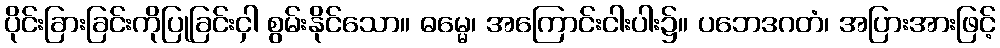
ပိုင်းခြားခြင်းကိုပြုခြင်းငှါ စွမ်းနိုင်သော။ ဓမ္မေ၊ အကြောင်းငါးပါး၌။ ပဘေဒဂတံ၊ အပြားအားဖြင့်